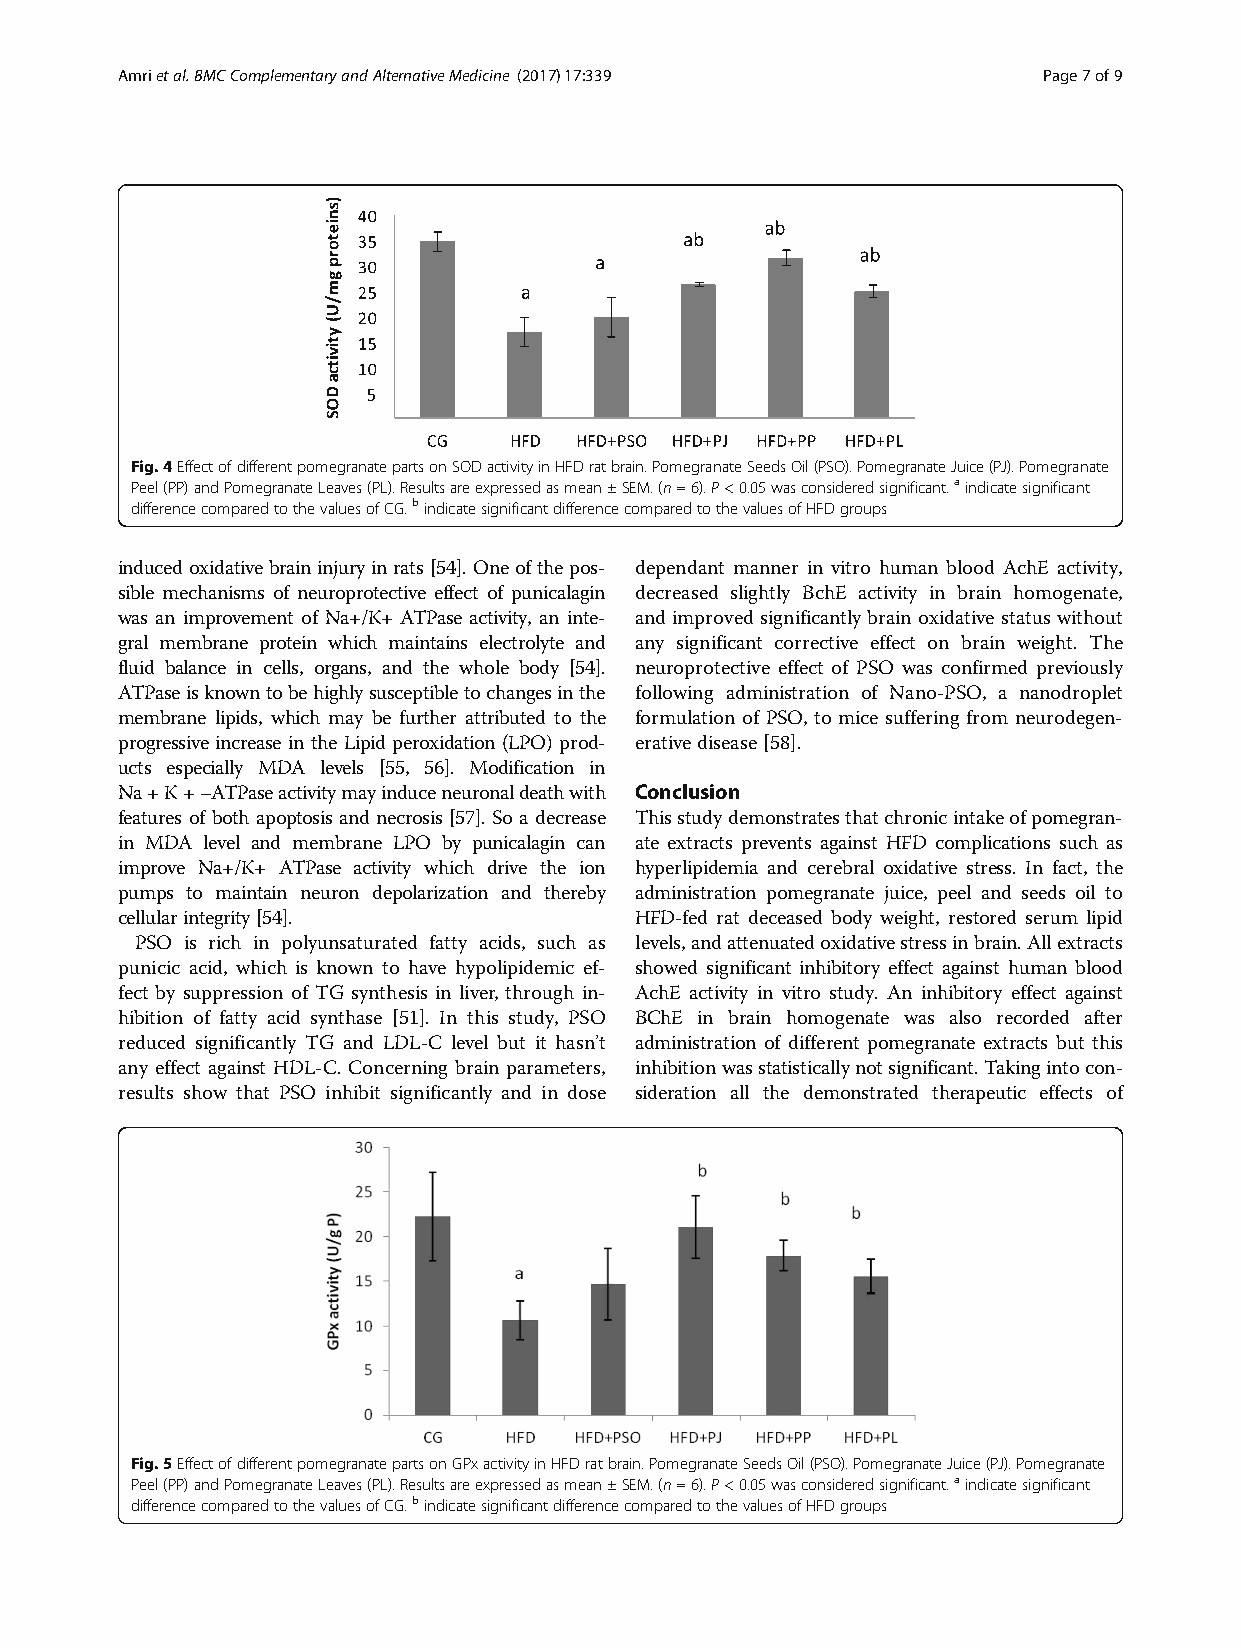
Amrietal.BMCComplementaryandAlternativeMedicine (2017) 17:339 Page7of9
 Fig.4EffectofdifferentpomegranatepartsonSODactivityinHFDratbrain.PomegranateSeedsOil(PSO).PomegranateJuice(PJ).Pomegranate
 Peel(PP)andPomegranateLeaves(PL).Resultsareexpressedasmean±SEM.(n=6).P<0.05wasconsideredsignificant.aindicatesignificant
 differencecomparedtothevaluesofCG.bindicatesignificantdifferencecomparedtothevaluesofHFDgroups
 inducedoxidativebraininjuryinrats[54].Oneofthepos- dependant manner in vitro human blood AchE activity,
 sible mechanisms of neuroprotective effect of punicalagin decreased slightly BchE activity in brain homogenate,
 was an improvement of Na+/K+ ATPase activity, an inte- and improved significantly brain oxidative status without
 gral membrane protein which maintains electrolyte and any significant corrective effect on brain weight. The
 fluid balance in cells, organs, and the whole body [54]. neuroprotective effect of PSO was confirmed previously
 ATPaseisknowntobehighlysusceptibletochangesinthe following administration of Nano-PSO, a nanodroplet
 membrane lipids, which may be further attributed to the formulation of PSO, to mice suffering from neurodegen-
 progressive increase in the Lipid peroxidation (LPO) prod- erative disease[58].
 ucts especially MDA levels [55, 56]. Modification in
 Na+K+−ATPaseactivitymayinduceneuronaldeathwith Conclusion
 features of both apoptosis and necrosis [57]. So a decrease Thisstudydemonstratesthatchronicintakeofpomegran-
 in MDA level and membrane LPO by punicalagin can ate extracts prevents against HFD complications such as
 improve Na+/K+ ATPase activity which drive the ion hyperlipidemia and cerebral oxidative stress. In fact, the
 pumps to maintain neuron depolarization and thereby administration pomegranate juice, peel and seeds oil to
 cellularintegrity[54].            HFD-fed rat deceased body weight, restored serum lipid
 PSO is rich in polyunsaturated fatty acids, such as levels,andattenuatedoxidativestressinbrain.Allextracts
 punicic acid, which is known to have hypolipidemic ef- showed significant inhibitory effect against human blood
 fect by suppression of TG synthesis in liver, through in- AchE activity in vitro study. An inhibitory effect against
 hibition of fatty acid synthase [51]. In this study, PSO BChE in brain homogenate was also recorded after
 reduced significantly TG and LDL-C level but it hasn’t administration of different pomegranate extracts but this
 any effect against HDL-C. Concerning brain parameters, inhibitionwasstatisticallynotsignificant.Takingintocon-
 results show that PSO inhibit significantly and in dose sideration all the demonstrated therapeutic effects of
 Fig.5EffectofdifferentpomegranatepartsonGPxactivityinHFDratbrain.PomegranateSeedsOil(PSO).PomegranateJuice(PJ).Pomegranate
 Peel(PP)andPomegranateLeaves(PL).Resultsareexpressedasmean±SEM.(n=6).P<0.05wasconsideredsignificant.aindicatesignificant
 differencecomparedtothevaluesofCG.bindicatesignificantdifferencecomparedtothevaluesofHFDgroups